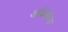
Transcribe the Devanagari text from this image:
आर्किबॉल्ड